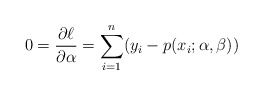
\begin{align*}0 = \frac{\partial \ell}{\partial\alpha} = \sum_{i=1}^n (y_i - p(x_i;\alpha,\beta))\end{align*}